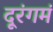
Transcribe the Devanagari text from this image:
दूरंगमं